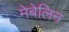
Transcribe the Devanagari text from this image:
मेबेलिन